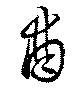
酋